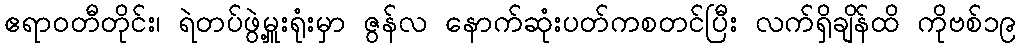
ဧရာဝတီတိုင်း၊ ရဲတပ်ဖွဲ့မှူးရုံးမှာ ဇွန်လ နောက်ဆုံးပတ်ကစတင်ပြီး လက်ရှိချိန်ထိ ကိုဗစ်၁၉